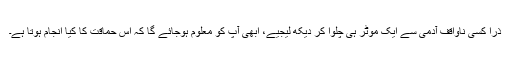
ذرا کسی ناواقف آدمی سے ایک موٹر ہی چلوا کر دیکھ لیجیے، ابھی آپ کو معلوم ہوجائے گا کہ اس حماقت کا کیا انجام ہوتا ہے۔